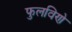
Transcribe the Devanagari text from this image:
फुलविणे